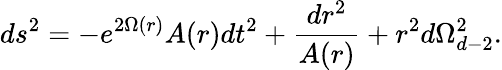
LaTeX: ds^{2}=-e^{2\Omega(r)}A(r)dt^{2}+\frac{dr^{2}}{A(r)}+r^{2}d\Omega_{d-2}^{2}.